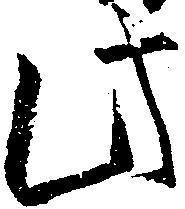
此